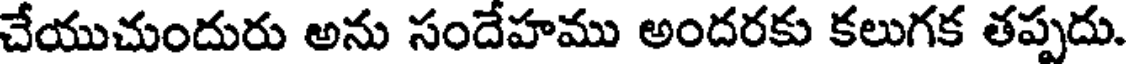
చేయుచుందురు అను సందేహము అందరకు కలుగక తప్పదు.